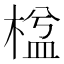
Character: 𣕆